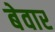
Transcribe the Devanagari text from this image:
बेवार